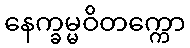
နေက္ခမ္မဝိတက္ကော